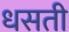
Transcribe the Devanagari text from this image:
धसती